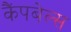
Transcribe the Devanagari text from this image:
कैंपबेल्स